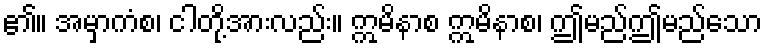
၏။ အမှာကံစ၊ ငါတို့အားလည်း။ ဣမိနာစ ဣမိနာစ၊ ဤမည်ဤမည်သော